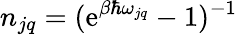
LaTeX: n_{jq}=(\mathrm{e}^{\beta\hbar\omega_{jq}}-1)^{-1}